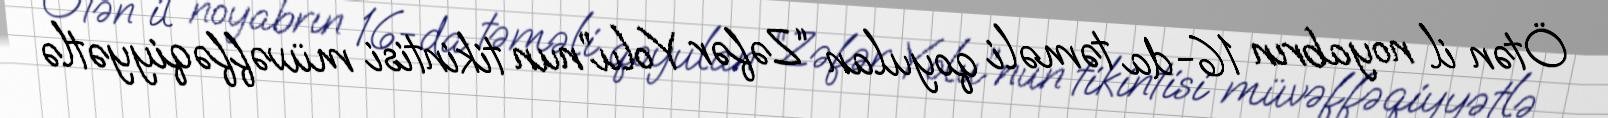
Ötən il noyabrın 16-da təməli qoyulan “Zəfər Yolu”nun tikintisi müvəffəqiyyətlə